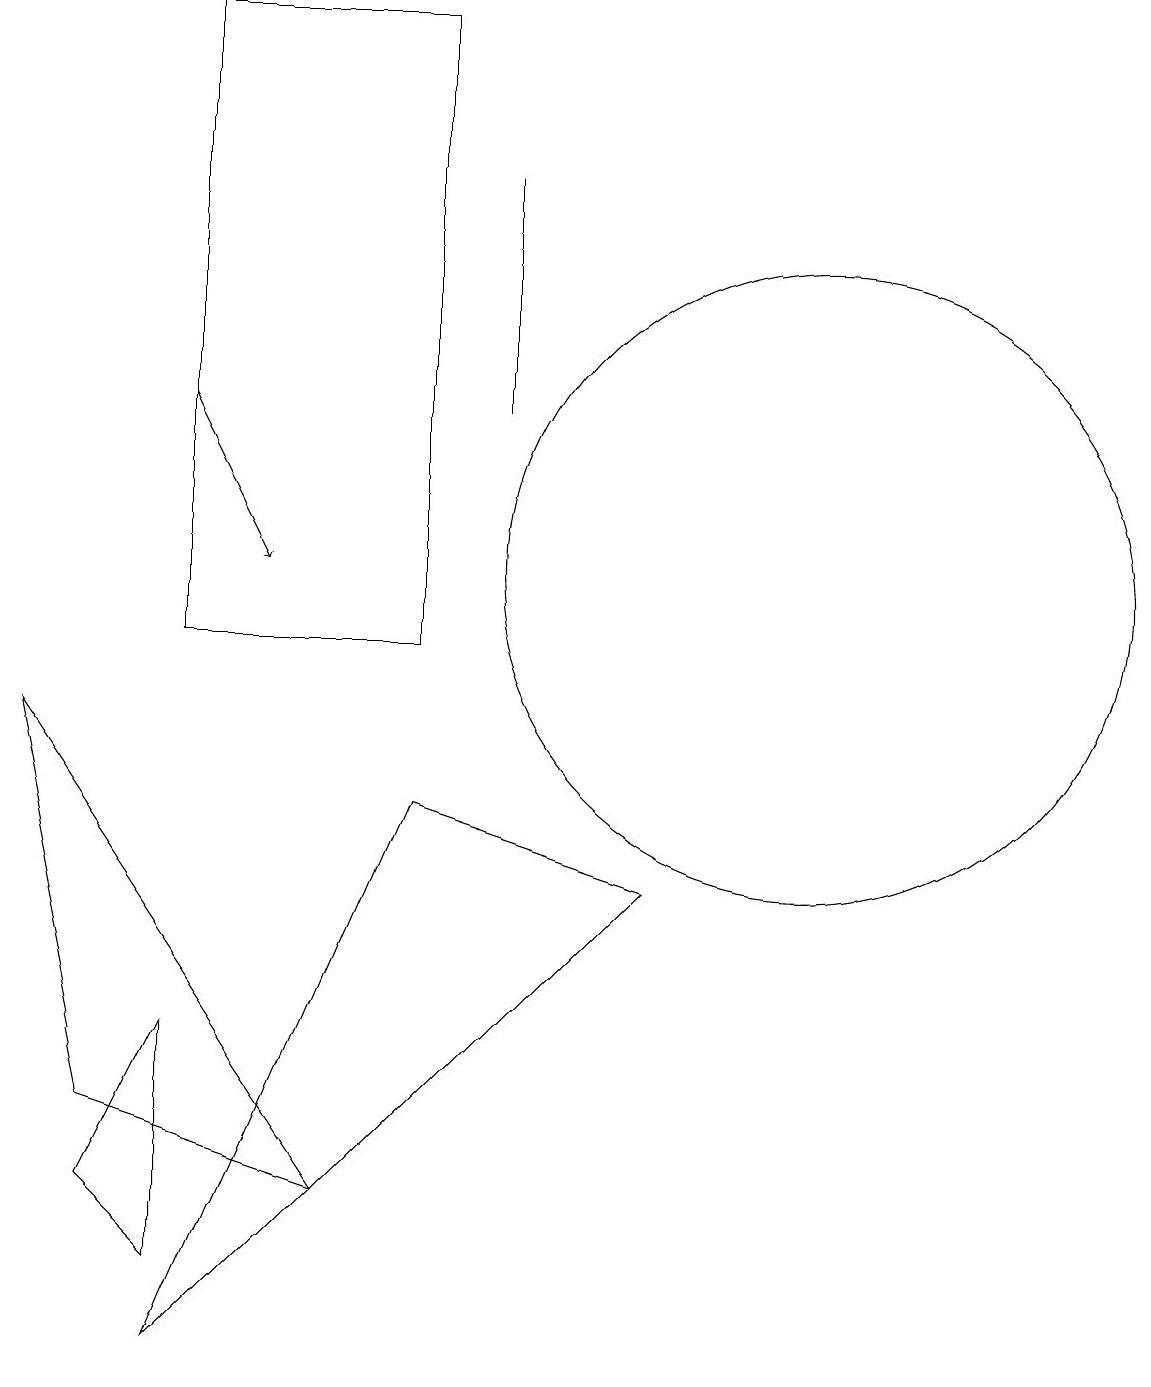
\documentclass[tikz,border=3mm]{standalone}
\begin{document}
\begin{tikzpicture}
\draw[->] (3,13) -- (4,11);
\draw (6,8) -- (3,1) -- (9,7) -- cycle;
\draw (2,3) -- (3,2) -- (3,5) -- cycle;
\draw (2,4) -- (5,3) -- (1,9) -- cycle;
\draw (11,11) circle (4);
\draw (3,18) rectangle (6,10);
\draw (7,13) rectangle (7,16);
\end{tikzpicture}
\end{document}